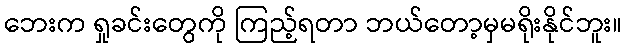
ဘေးက ရှုခင်းတွေကို ကြည့်ရတာ ဘယ်တော့မှမရိုးနိုင်ဘူး။